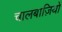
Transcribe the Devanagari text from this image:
चालबाज़ियों